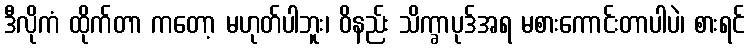
ဒီလိုကံ ထိုက်တာ ကတော့ မဟုတ်ပါဘူး၊ ဝိနည်း သိက္ခာပုဒ်အရ မစားကောင်းတာပါပဲ၊ စားရင်